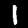
Label: 1